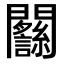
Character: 𨷴